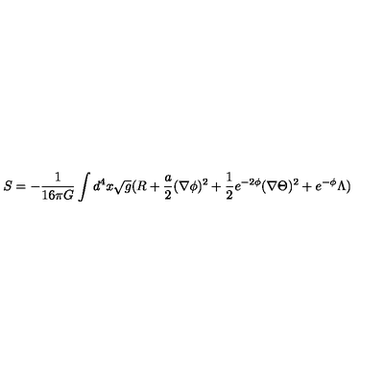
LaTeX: S = - \frac { 1 } { 1 6 \pi G } \int d ^ { 4 } x \sqrt { g } ( R + \frac { a } { 2 } ( \nabla \phi ) ^ { 2 } + \frac { 1 } { 2 } e ^ { - 2 \phi } ( \nabla \Theta ) ^ { 2 } + e ^ { - \phi } \Lambda )